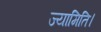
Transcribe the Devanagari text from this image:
ज्यामिति।